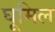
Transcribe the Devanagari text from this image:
घूमिल